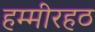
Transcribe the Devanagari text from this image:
हम्मीरहठ